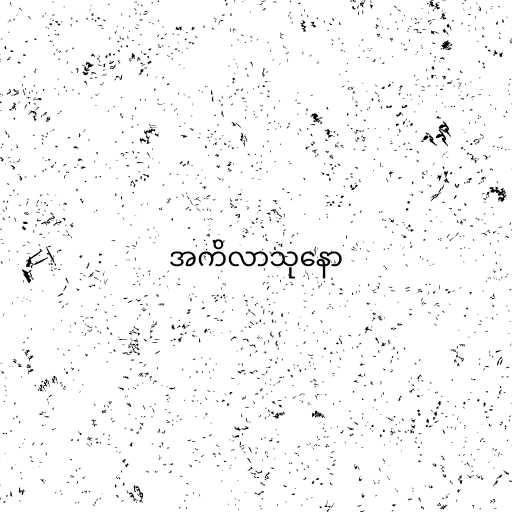
အကိလာသုနော